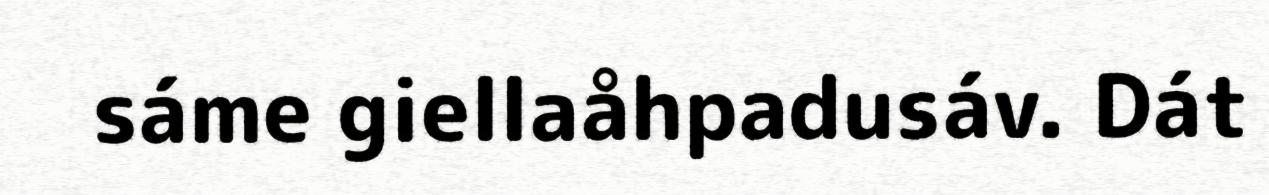
sáme giellaåhpadusáv. Dát